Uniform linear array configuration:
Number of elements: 4
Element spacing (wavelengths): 1
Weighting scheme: kaiser
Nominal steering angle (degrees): -15
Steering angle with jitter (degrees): -16.299
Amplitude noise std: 0.05
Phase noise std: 0.05

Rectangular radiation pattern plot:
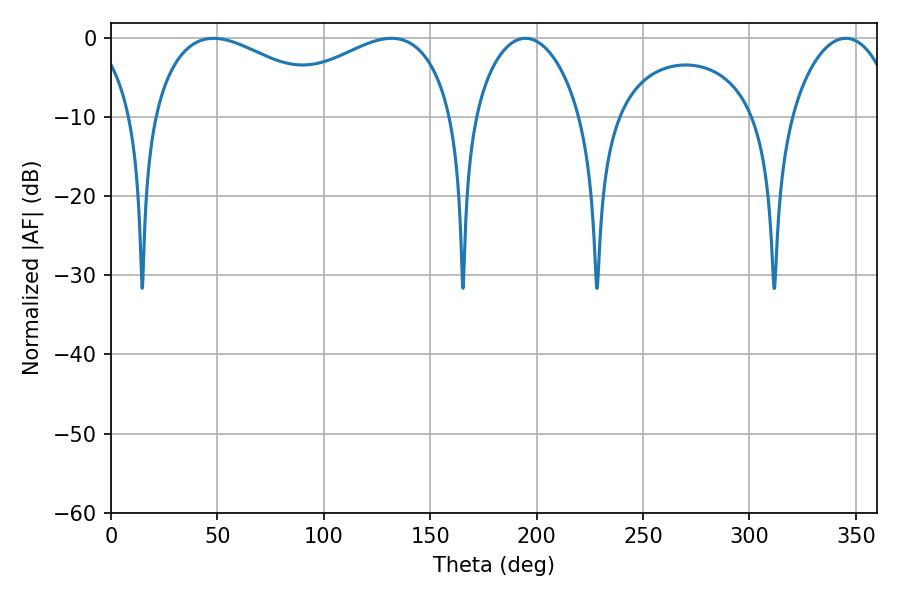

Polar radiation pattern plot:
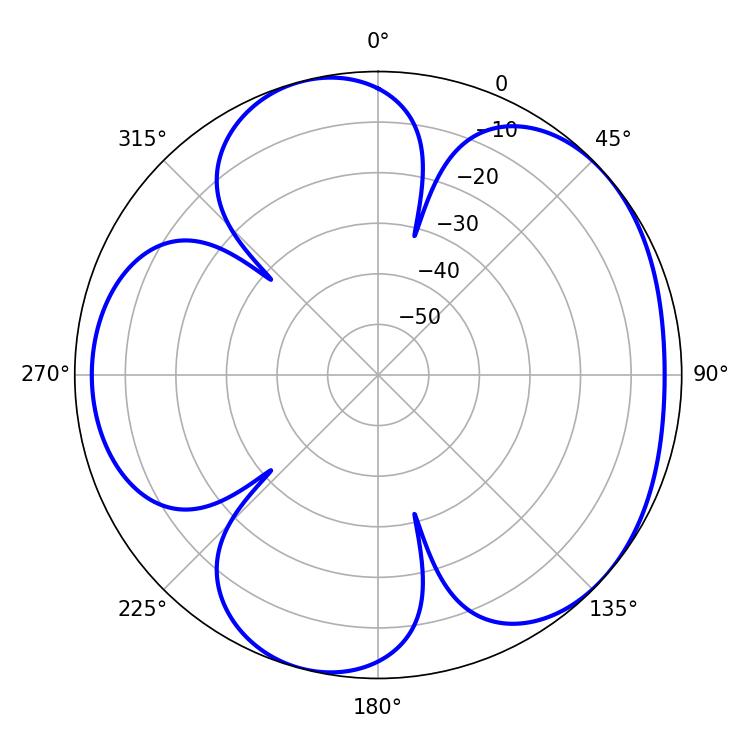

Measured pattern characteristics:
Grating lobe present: TRUE
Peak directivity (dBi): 4.812
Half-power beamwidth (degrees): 28.26
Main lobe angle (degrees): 194.76